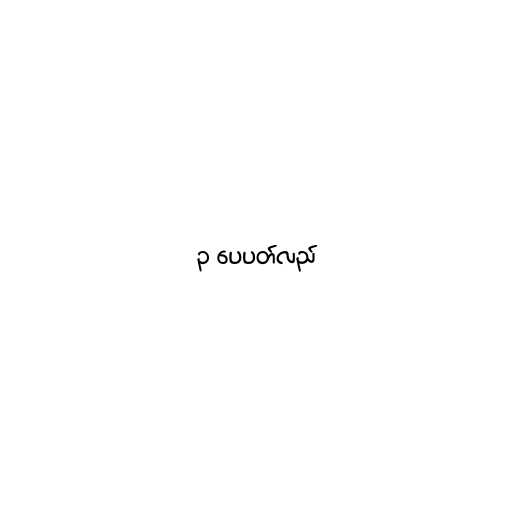
၃ ပေပတ်လည်